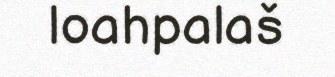
loahpalaš